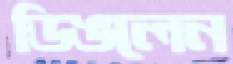
ডিঙলেন